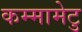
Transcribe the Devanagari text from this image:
कम्‍मामेटु